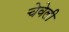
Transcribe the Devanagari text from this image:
चेवेली